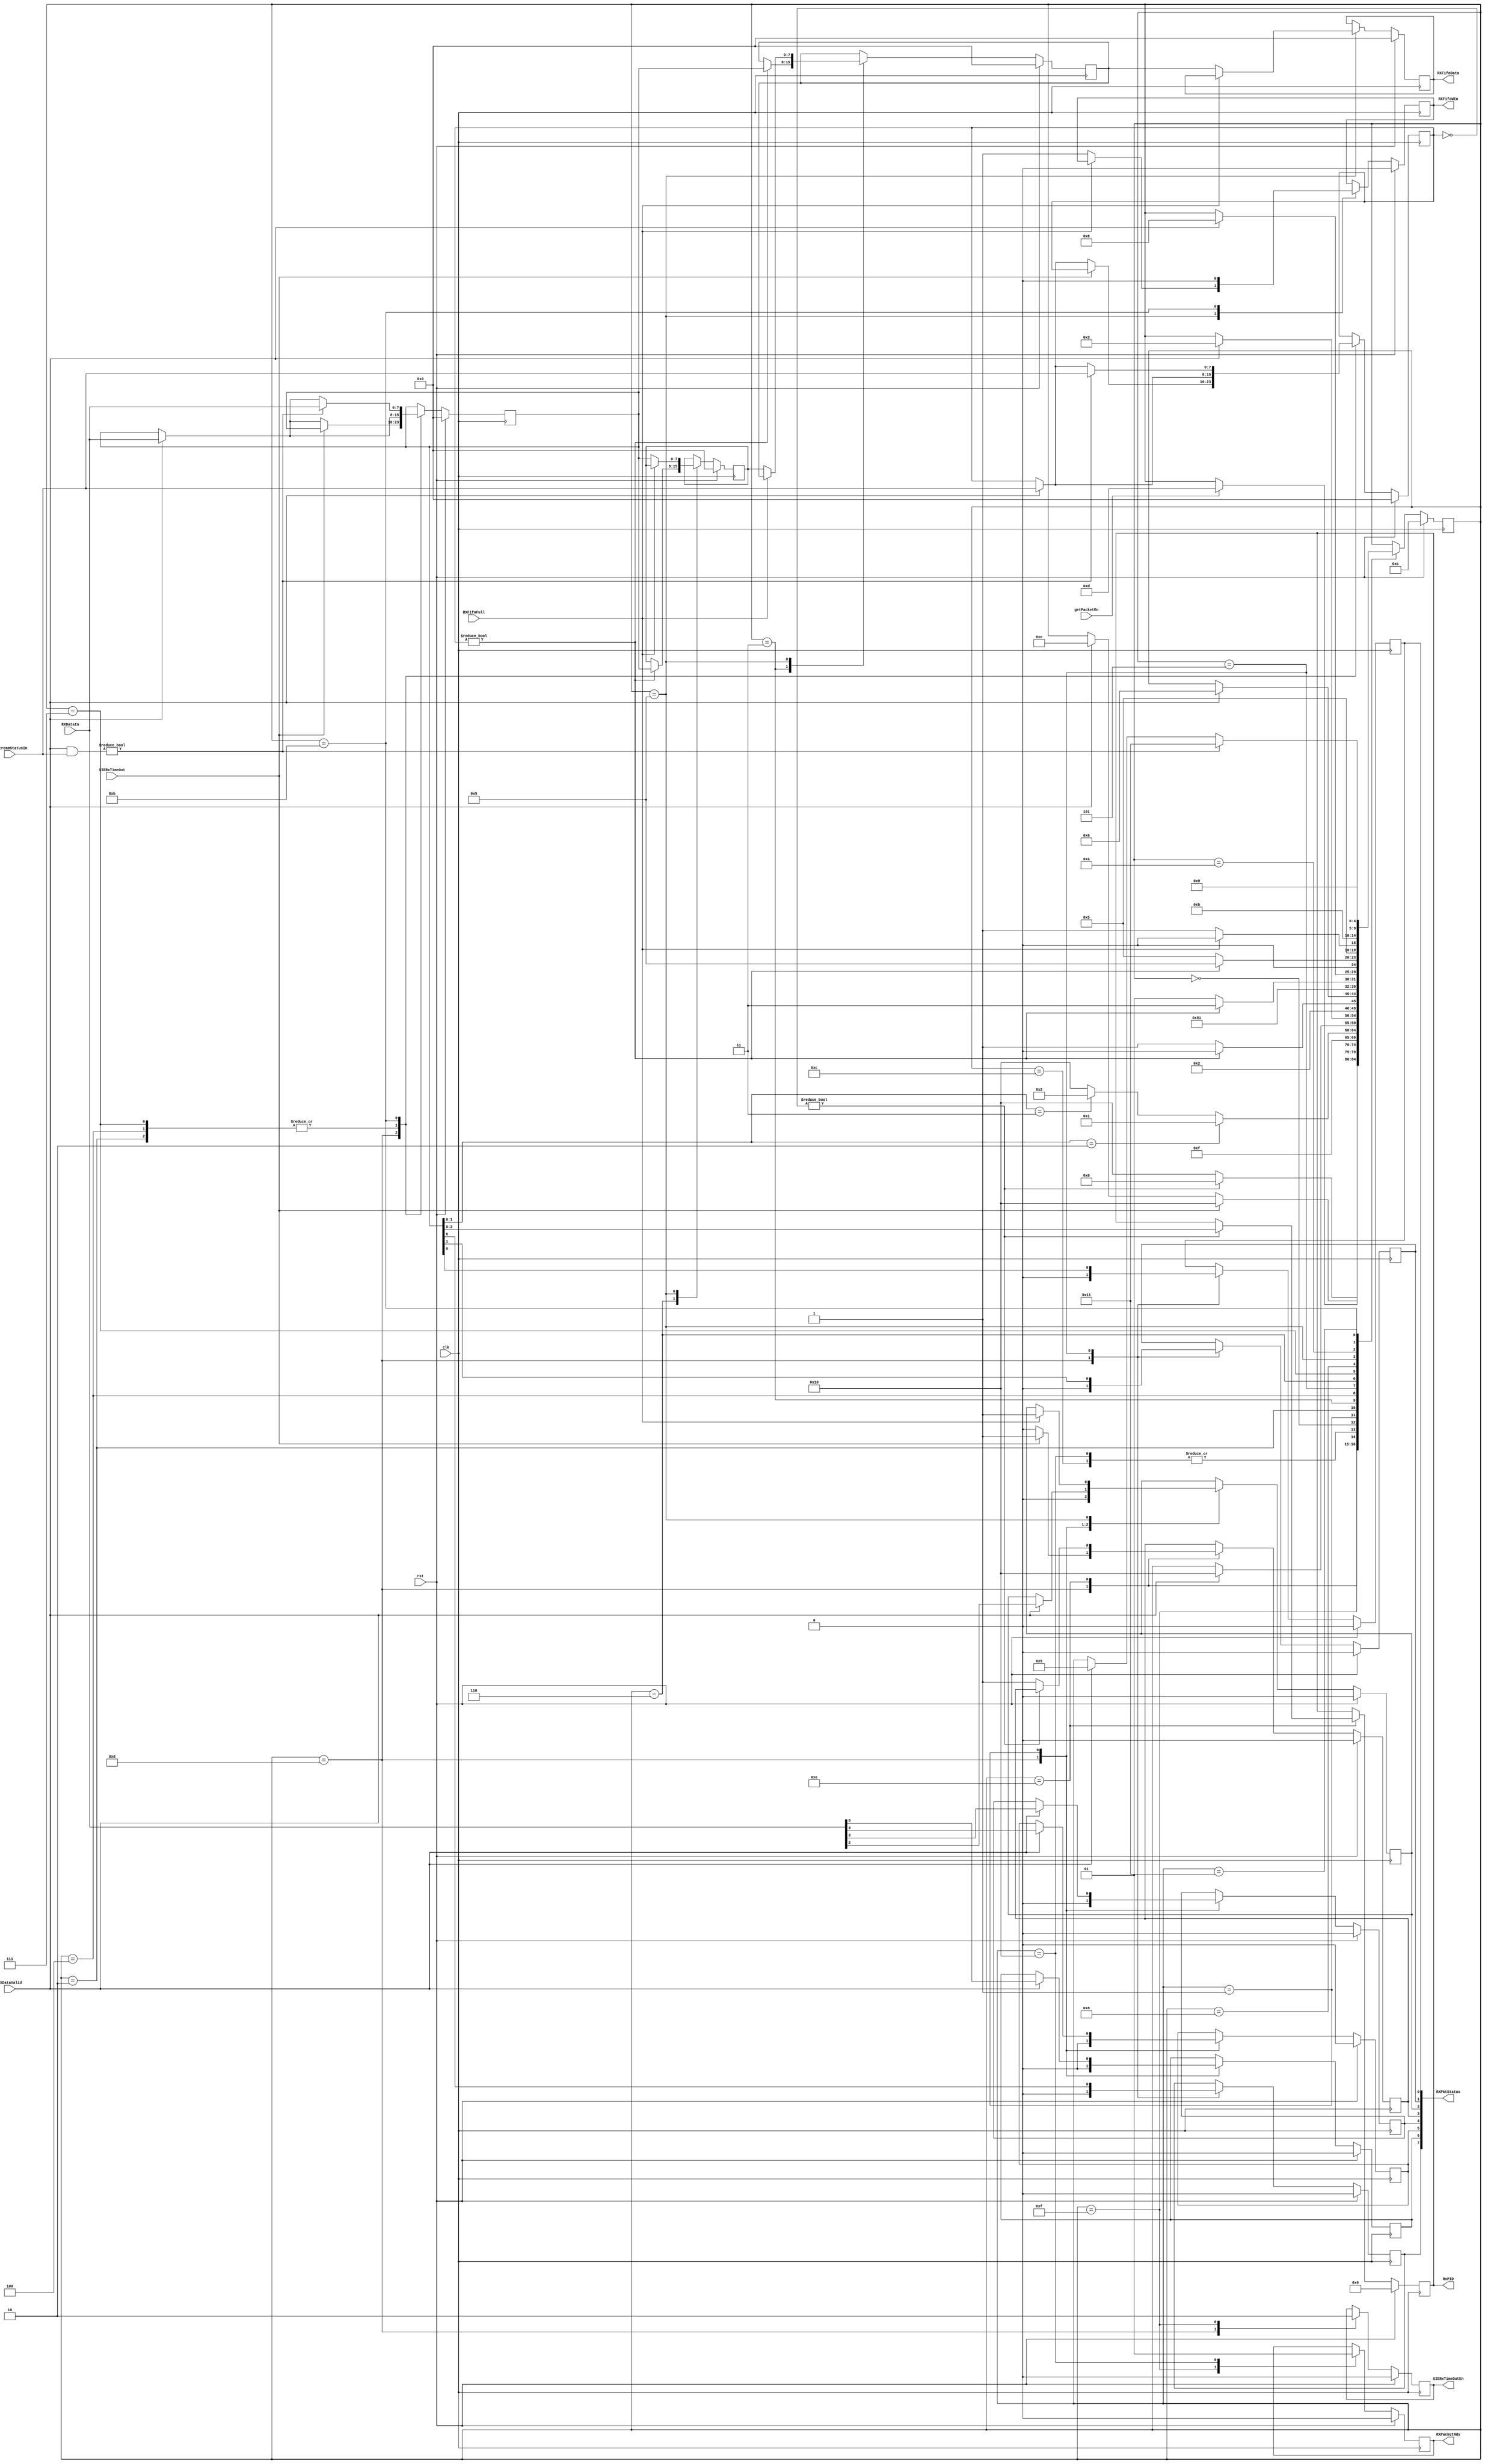
module getPacket (
	input		[7:0]	RXDataIn,
	input				RXDataValid,
	input				RXFifoFull,
	input		[7:0]	RXStreamStatusIn,
	input				SIERxTimeOut,		// Single cycle pulse
	input				clk,
	input				getPacketEn,
	input				rst,
	output	reg	[7:0]	RXFifoData,
	output	reg			RXFifoWEn,
	output	reg			RXPacketRdy,
	output		[7:0]	RXPktStatus,
	output	reg	[3:0]	RxPID,
	output	reg			SIERxTimeOutEn
);

	reg		[7:0]	next_RXFifoData;
	reg				next_RXFifoWEn;
	reg				next_RXPacketRdy;
	reg		[3:0]	next_RxPID;
	reg				next_SIERxTimeOutEn;

	reg				ACKRxed, next_ACKRxed;
	reg				CRCError, next_CRCError;
	reg				NAKRxed, next_NAKRxed;
	reg		[7:0]	RXByteOld, next_RXByteOld;
	reg		[7:0]	RXByteOldest, next_RXByteOldest;
	reg		[7:0]	RXByte, next_RXByte;
	reg				RXOverflow, next_RXOverflow;
	reg		[7:0]	RXStreamStatus, next_RXStreamStatus;
	reg				RXTimeOut, next_RXTimeOut;
	reg				bitStuffError, next_bitStuffError;
	reg				dataSequence, next_dataSequence;
	reg				stallRxed, next_stallRxed;

	reg		[4:0]	CurrState_getPkt;
	reg		[4:0]	NextState_getPkt;

    assign RXPktStatus = {dataSequence, ACKRxed, stallRxed, NAKRxed, RXTimeOut, RXOverflow, bitStuffError, CRCError};

	//--------------------------------------------------------------------
	// Machine: getPkt
	//--------------------------------------------------------------------
	//----------------------------------
	// Next State Logic (combinatorial)
	//----------------------------------
	always@(*) begin
		NextState_getPkt <= CurrState_getPkt;
		// Set default values for outputs and signals
		next_CRCError <= CRCError;
		next_bitStuffError <= bitStuffError;
		next_RXOverflow <= RXOverflow;
		next_RXTimeOut <= RXTimeOut;
		next_NAKRxed <= NAKRxed;
		next_stallRxed <= stallRxed;
		next_ACKRxed <= ACKRxed;
		next_dataSequence <= dataSequence;
		next_SIERxTimeOutEn <= SIERxTimeOutEn;
		next_RXByte <= RXByte;
		next_RXStreamStatus <= RXStreamStatus;
		next_RxPID <= RxPID;
		next_RXPacketRdy <= RXPacketRdy;
		next_RXByteOldest <= RXByteOldest;
		next_RXByteOld <= RXByteOld;
		next_RXFifoWEn <= RXFifoWEn;
		next_RXFifoData <= RXFifoData;
		case(CurrState_getPkt)
			5'd12: begin
				NextState_getPkt <= 5'd15;
			end
			5'd13: begin
				next_CRCError <= 1'b0;
				next_bitStuffError <= 1'b0;
				next_RXOverflow <= 1'b0;
				next_RXTimeOut <= 1'b0;
				next_NAKRxed <= 1'b0;
				next_stallRxed <= 1'b0;
				next_ACKRxed <= 1'b0;
				next_dataSequence <= 1'b0;
				next_SIERxTimeOutEn <= 1'b1;
				if(SIERxTimeOut) begin
					NextState_getPkt <= 5'd16;
					next_RXTimeOut <= 1'b1; end
				else if(RXDataValid) begin
					NextState_getPkt <= 5'd14;
					next_RXByte <= RXDataIn;
					next_RXStreamStatus <= RXStreamStatusIn; end
			end
			5'd14: begin
				if(~RXStreamStatus) begin
					NextState_getPkt <= 5'd0;
					next_RxPID <= RXByte[3:0]; end
				else begin
					NextState_getPkt <= 5'd16;
					next_RXTimeOut <= 1'b1; end
			end
			5'd15: begin
				next_RXPacketRdy <= 1'b0;
				next_SIERxTimeOutEn <= 1'b0;
				if(getPacketEn)	NextState_getPkt <= 5'd13;
			end
			5'd16: begin
				next_RXPacketRdy <= 1'b1;
				NextState_getPkt <= 5'd15;
			end
			5'd0: begin
				if(RXByte[1:0]==2'b10)		NextState_getPkt <= 5'd1;
				else if(RXByte[1:0]==2'b11)	NextState_getPkt <= 5'd2;
				else						NextState_getPkt <= 5'd16;
			end
			5'd1: begin
				if(RXDataValid) begin
					NextState_getPkt <= 5'd16;
					next_RXOverflow <= RXDataIn[2];
					next_NAKRxed <= RXDataIn[3];
					next_stallRxed <= RXDataIn[4];
					next_ACKRxed <= RXDataIn[5]; end
			end
			5'd2: begin
				if(RXDataValid) begin
					NextState_getPkt <= 5'd3;
					next_RXByte <= RXDataIn;
					next_RXStreamStatus <= RXStreamStatusIn; end
			end
			5'd3: begin
				if(RXStreamStatus) begin
					NextState_getPkt <= 5'd4;
					next_RXByteOldest <= RXByte; end
				else	NextState_getPkt <= 5'd5;
			end
			5'd4: begin
				if(RXDataValid) begin
					NextState_getPkt <= 5'd6;
					next_RXByte <= RXDataIn;
					next_RXStreamStatus <= RXStreamStatusIn; end
			end
			5'd5: begin
				next_CRCError <= RXByte[0];
				next_bitStuffError <= RXByte[1];
				next_dataSequence <= RXByte[6];
				NextState_getPkt <= 5'd16;
			end
			5'd6: begin
				if(RXStreamStatus) begin
					NextState_getPkt <= 5'd7;
					next_RXByteOld <= RXByte; end
				else	NextState_getPkt <= 5'd5;
			end
			5'd7: begin
				if(RXDataValid) begin
					NextState_getPkt <= 5'd8;
					next_RXByte <= RXDataIn;
					next_RXStreamStatus <= RXStreamStatusIn; end
			end
			5'd8: begin
				if(RXStreamStatus)	NextState_getPkt <= 5'd9;
				else				NextState_getPkt <= 5'd5;
			end
			5'd9: begin
				if(RXFifoFull) begin
					NextState_getPkt <= 5'd10;
					next_RXOverflow <= 1'b1; end
				else begin
					NextState_getPkt <= 5'd11;
					next_RXFifoWEn <= 1'b1;
					next_RXFifoData <= RXByteOldest;
					next_RXByteOldest <= RXByteOld;
					next_RXByteOld <= RXByte; end
			end
			5'd10: begin
				NextState_getPkt <= 5'd11;
			end
			5'd11: begin
				next_RXFifoWEn <= 1'b0;
				if(RXDataValid&RXStreamStatusIn) begin
					NextState_getPkt <= 5'd17;
					next_RXByte <= RXDataIn;
					next_RXStreamStatus <= RXStreamStatusIn; end
				else if(RXDataValid) begin
					NextState_getPkt <= 5'd5;
					next_RXByte <= RXDataIn;
					next_RXStreamStatus <= RXStreamStatusIn; end
			end
			5'd17: begin
				NextState_getPkt <= 5'd9;
			end
		endcase
	end

	//----------------------------------
	// Current State Logic (sequential)
	//----------------------------------
	always@(posedge clk) begin
		if(rst)	CurrState_getPkt <= 5'd12;
		else	CurrState_getPkt <= NextState_getPkt;
	end

	//----------------------------------
	// Registered outputs logic
	//----------------------------------
	always@(posedge clk) begin
		if(rst) begin
			RXByteOld <= 8'h00;
			RXByteOldest <= 8'h00;
			CRCError <= 1'b0;
			bitStuffError <= 1'b0;
			RXOverflow <= 1'b0;
			RXTimeOut <= 1'b0;
			NAKRxed <= 1'b0;
			stallRxed <= 1'b0;
			ACKRxed <= 1'b0;
			dataSequence <= 1'b0;
			RXByte <= 8'h00;
			RXStreamStatus <= 8'h00;
			RXPacketRdy <= 1'b0;
			RXFifoWEn <= 1'b0;
			RXFifoData <= 8'h00;
			RxPID <= 4'h0;
			SIERxTimeOutEn <= 1'b0; end
		else begin
			RXByteOld <= next_RXByteOld;
			RXByteOldest <= next_RXByteOldest;
			CRCError <= next_CRCError;
			bitStuffError <= next_bitStuffError;
			RXOverflow <= next_RXOverflow;
			RXTimeOut <= next_RXTimeOut;
			NAKRxed <= next_NAKRxed;
			stallRxed <= next_stallRxed;
			ACKRxed <= next_ACKRxed;
			dataSequence <= next_dataSequence;
			RXByte <= next_RXByte;
			RXStreamStatus <= next_RXStreamStatus;
			RXPacketRdy <= next_RXPacketRdy;
			RXFifoWEn <= next_RXFifoWEn;
			RXFifoData <= next_RXFifoData;
			RxPID <= next_RxPID;
			SIERxTimeOutEn <= next_SIERxTimeOutEn; end
	end

endmodule